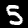
Label: 5